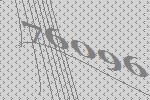
76096